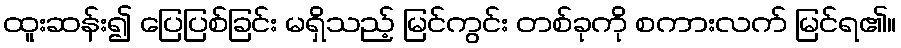
ထူးဆန်း၍ ပြေပြစ်ခြင်း မရှိသည့် မြင်ကွင်း တစ်ခုကို စကားလက် မြင်ရ၏။